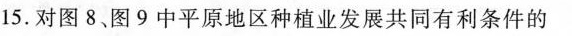
15.对图8.图9中平原地区种植业发展共同有利条件的